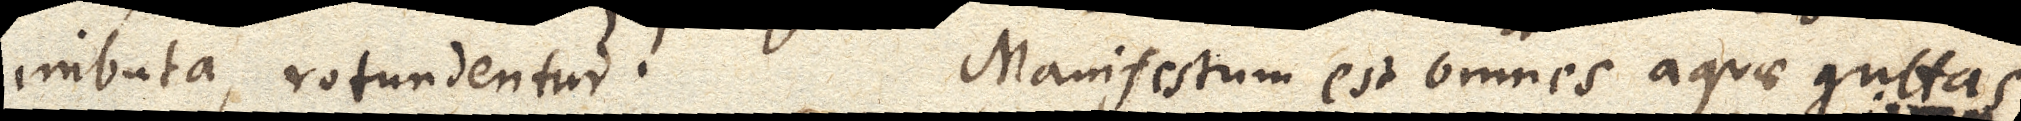
imbuta, rotundentur. Manifestum est omnes aquae guttas